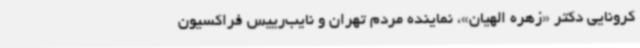
کرونایی دکتر «زهره الهیان»، نماینده مردم تهران و نایب‌رییس فراکسیون